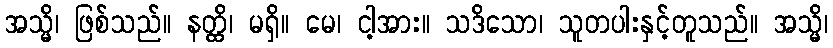
အသ္မိ၊ ဖြစ်သည်။ နတ္ထိ၊ မရှိ။ မေ၊ ငါ့အား။ သဒိသော၊ သူတပါးနှင့်တူသည်။ အသ္မိ၊